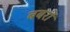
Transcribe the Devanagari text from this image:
बबरों